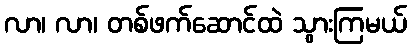
လာ၊ လာ၊ တစ်ဖက်ဆောင်ထဲ သွားကြမယ်